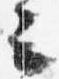
云